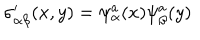
\sigma _ { \alpha \beta } ^ { \prime } ( x , y ) = \psi _ { \alpha } ^ { a } ( x ) \psi _ { \beta } ^ { a } ( y )